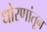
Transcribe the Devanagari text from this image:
धोरणांतून